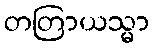
တတြာယသ္မာ